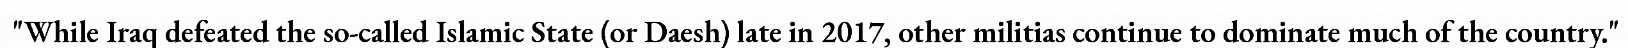
"While Iraq defeated the so-called Islamic State (or Daesh) late in 2017, other militias continue to dominate much of the country."